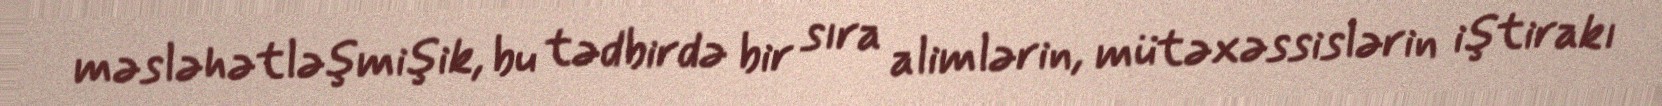
məsləhətləşmişik, bu tədbirdə bir sıra alimlərin, mütəxəssislərin iştirakı